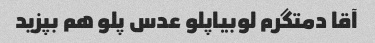
آقا دمتگرم لوبیاپلو عدس پلو هم بپزید